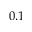
0 . 1